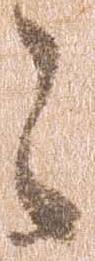
々